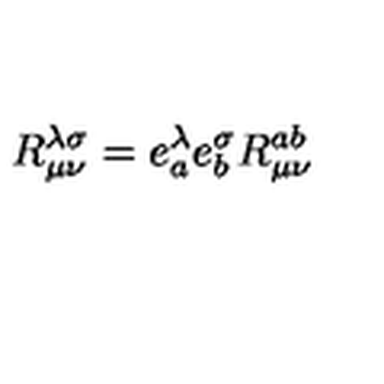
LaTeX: R _ { \mu \nu } ^ { \lambda \sigma } = e _ { a } ^ { \lambda } e _ { b } ^ { \sigma } R _ { \mu \nu } ^ { a b }